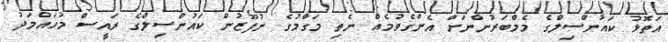
އަތޮޅު ކައުންސިލްގެ މެމްބަރުންނަށް އެންގެވުމެއް ނެތި މަގާމުގެ ނުފޫޒުން ކައުންސިލްގެ ރައީސް މުހައްމަދު